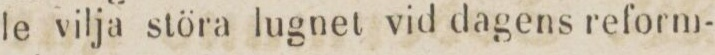
le vilja störa lugnet vid dagens reform-